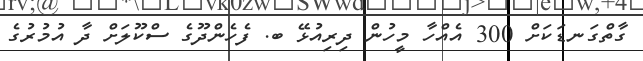
ގާތްގަނޑަކަށް 300 އެއްހާ މީހުން ދިރިއުޅޭ ބ. ފެހެންދޫގެ ސްކޫލަށް ދާ އުމުރުގެ